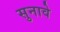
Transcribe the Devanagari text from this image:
सुनावे